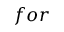
f o r